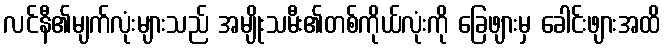
လင်နီ၏မျက်လုံးများသည် အမျိုးသမီး၏တစ်ကိုယ်လုံးကို ခြေဖျားမှ ခေါင်းဖျားအထိ